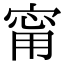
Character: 甯